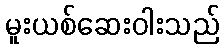
မူးယစ်ဆေးဝါးသည်